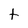
Character: t